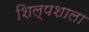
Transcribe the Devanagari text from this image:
शिल्पशाला